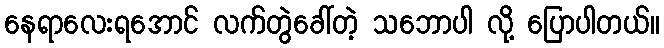
နေရာလေးရအောင် လက်တွဲခေါ်တဲ့ သဘောပါ လို့ ပြောပါတယ်။